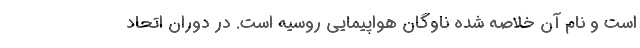
است و نام آن خلاصه شده ناوگان هواپیمایی روسیه است. در دوران اتحاد